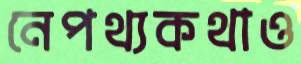
নেপথ্যকথাও